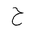
Letter: _ha